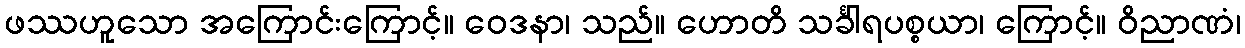
ဖဿဟူသော အကြောင်းကြောင့်။ ဝေဒနာ၊ သည်။ ဟောတိ သင်္ခါရပစ္စယာ၊ ကြောင့်။ ဝိညာဏံ၊